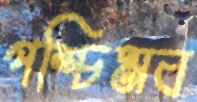
পশ্চিমব